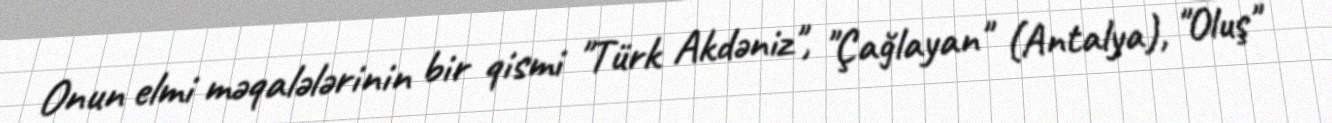
Onun elmi məqalələrinin bir qismi "Türk Akdəniz", "Çağlayan" (Antalya), "Oluş"